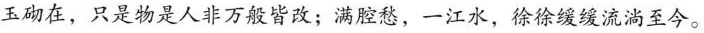
玉砌在，只是物是人非万般皆改；满腔愁，一江水，徐徐缓缓流淌至今。